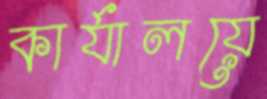
কার্যালয়ে